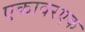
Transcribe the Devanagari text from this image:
एकावरएक